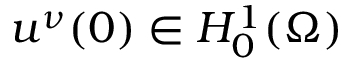
u ^ { \nu } ( 0 ) \in H _ { 0 } ^ { 1 } ( \Omega )